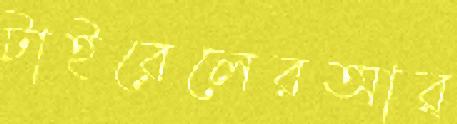
টাইরেলেরআর্